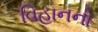
વિહાનનો